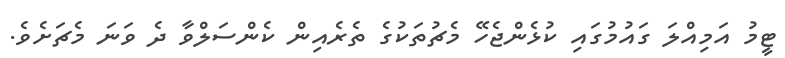
ޓީމު އަމިއްލަ ގައުމުގައި ކުޅެންޖެހޭ މެޗުތަކުގެ ތެރެއިން ކެންސަލްވާ ދެ ވަނަ މެޗަށެވެ.